Report of the Indian Hemp Drugs Commission, 1894-1895 - Volume V
Year: 1894
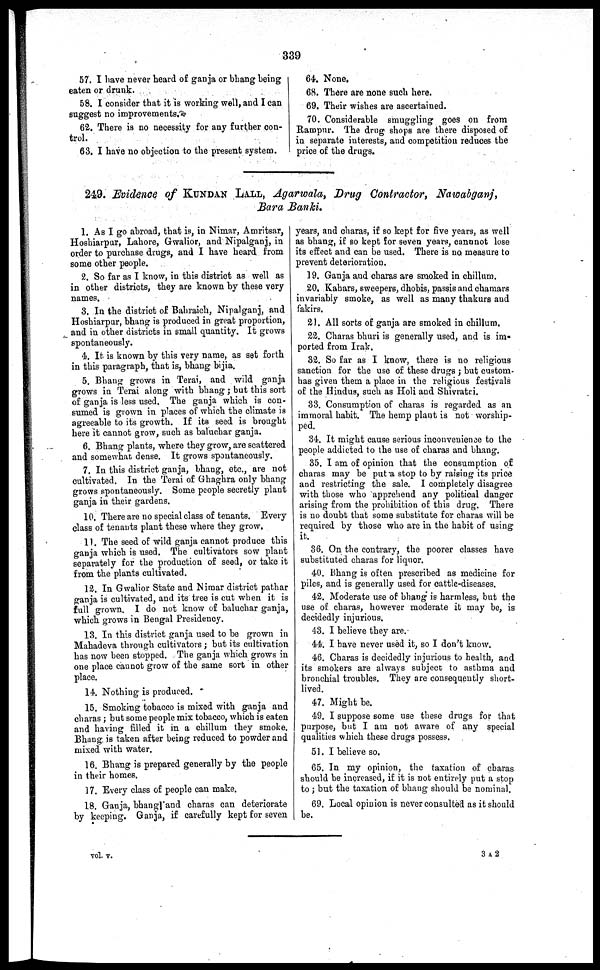
339
57. I have never heard of ganja or bhang being
eaten or drunk.
58. I consider that it is working well, and I can
suggest no improvements.
62. There is no necessity for any further con-
trol.
63. I have no objection to the present system.
64. None.
68. There are none such here.
69. Their wishes are ascertained.
70. Considerable smuggling goes on from
Rampur. The drug shops are there disposed of
in separate interests, and competition reduces the
price of the drugs.
249. Evidence of KUNDAN LALL, Agarwala, Drug Contractor, Nawabganj,
Bara Banki.
1. As I go abroad, that is, in Nimar, Amritsar,
Hoshiarpur, Lahore, Gwalior, and Nipalganj, in
order to purchase drugs, and I have heard from
some other people.
2. So far as I know, in this district as well as
in other districts, they are known by these very
names.
3. In the district of Bahraich, Nipalganj, and
Hoshiarpur, bhang is produced in great proportion,
and in other districts in small quantity. It grows
spontaneously.
4. It is known by this very name, as set forth
in this paragraph, that is, bhang bijia.
5. Bhang grows in Terai, and wild ganja
grows in Terai along with bhang ; but this sort
of ganja is less used. The ganja which is con-
sumed is grown in places of which the climate is
agreeable to its growth. If its seed is brought
here it cannot grow, such as baluchar ganja.
6. Bhang plants, where they grow, are scattered
and somewhat dense. It grows spontaneously.
7. In this district ganja, bhang, etc., are not
cultivated. In the Terai of Ghaghra only bhang
grows spontaneously. Some people secretly plant
ganja in their gardens.
10. There are no special class of tenants. Every
class of tenants plant these where they grow.
11. The seed of wild ganja cannot produce this
ganja which is used. The cultivators sow plant
separately for the production of seed, or take it
from the plants cultivated.
12. In Gwalior State and Nimar district pathar
ganja is cultivated, and its tree is cut when it is
full grown. I do not know of baluchar ganja,
which grows in Bengal Presidency.
13. In this district ganja used to be grown in
Mahadeva through cultivators ; but its cultivation
has now been stopped. The ganja which grows in
one place cannot grow of the same sort in other
place.
14. Nothing is produced.
15. Smoking tobacco is mixed with ganja and
charas ; but some people mix tobacco, which is eaten
and having filled it in a chillum they smoke.
Bhang is taken after being reduced to powder and
mixed with water.
16. Bhang is prepared generally by the people
in their homes.
17. Every class of people can make.
18. Ganja, bhang and charas can deteriorate
by keeping. Ganja, if carefully kept for seven
years, and charas, if so kept for five years, as well
as bhang, if so kept for seven years, cannnot lose
its effect and can be used. There is no measure to
prevent deterioration.
19. Ganja and charas are smoked in chillum.
20. Kahars, sweepers, dhobis, passis and chamars
invariably smoke, as well as many thakurs and
fakirs.
21. All sorts of ganja are smoked in chillum.
22. Charas bhuri is generally used, and is im-
ported from Irak.
32. So far as I know, there is no religions
sanction for the use of these drugs ; but custom
has given them a place in the religious festivals
of the Hindus, such as Holi and Shivratri.
33. Consumption of charas is regarded as an
immoral habit. The hemp plant is not worship-
ped.
34. It might cause serious inconvenience to the
people addicted to the use of charas and bhang.
35. I am of opinion that the consumption of
charas may be put a stop to by raising its price
and restricting the sale. I completely disagree
with those who apprehend any political danger
arising from the prohibition of this drug. There
is no doubt that some substitute for charas will be
required by those who are in the habit of using
it.
36. On the contrary, the poorer classes have
substituted charas for liquor.
40. Bhang is often prescribed as medicine for
piles, and is generally used for cattle-diseases.
42. Moderate use of bhang is harmless, but the
use of charas, however moderate it may be, is
decidedly injurious.
43. I believe they are.
44. I have never used it, so I don't know.
46. Charas is decidedly injurious to health, and
its smokers are always subject to asthma and
bronchial troubles. They are consequently short-
lived.
47. Might be.
49. I suppose some use these drugs for that
purpose, but I am not aware of any special
qualities which these drugs possess.
51. I believe so.
65. In my opinion, the taxation of charas
should be increased, if it is not entirely put a stop
to ; but the taxation of bhang should be nominal.
69. Local opinion is never consulted as it should
be.
vol. v.
3 A 2